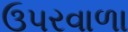
ઉપરવાળા